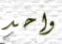
واحد